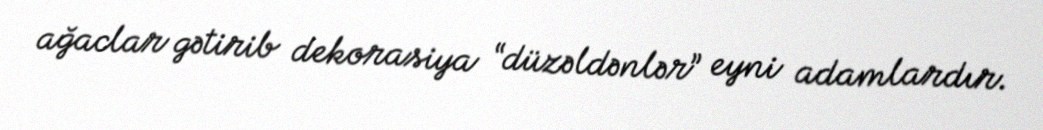
ağaclar gətirib dekorasiya “düzəldənlər” eyni adamlardır.